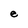
Character: e